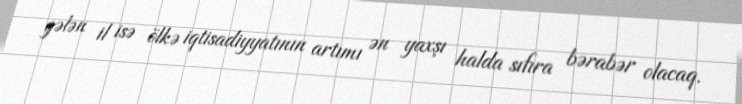
gələn il isə ölkə iqtisadiyyatının artımı ən yaxşı halda sıfıra bərabər olacaq.